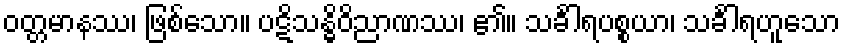
ဝတ္တမာနဿ၊ ဖြစ်သော။ ပဋိသန္ဓိဝိညာဏဿ၊ ၏။ သင်္ခါရပစ္စယာ၊ သင်္ခါရဟူသော